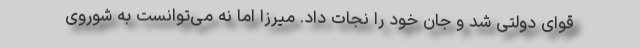
قوای دولتی شد و جان خود را نجات داد. میرزا اما نه می‌توانست به شوروی